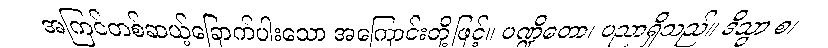
အကြင်တစ်ဆယ့်ခြောက်ပါးသော အကြောင်းတို့ဖြင့်။ ပဏ္ဍိတော၊ ပညာရှိသည်။ ဒိသွာ စ၊